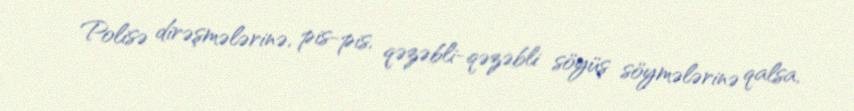
Polisə dirəşmələrinə, pis-pis, qəzəbli-qəzəbli söyüş söymələrinə qalsa,